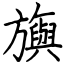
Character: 旟